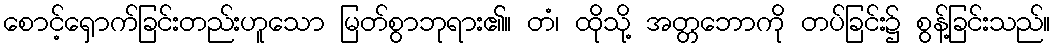
စောင့်ရှောက်ခြင်းတည်းဟူသော မြတ်စွာဘုရား၏။ တံ၊ ထိုသို့ အတ္တဘောကို တပ်ခြင်း၌ စွန့်ခြင်းသည်။